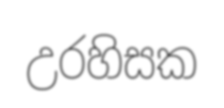
උරහිසක